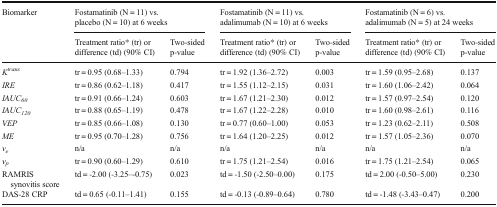
<table><thead><tr><td rowspan="2"><b>Biomarker</b></td><td colspan="2"><b>Fostamatinib (N = 11) vs. placebo (N = 10) at 6 weeks</b></td><td colspan="2"><b>Fostamatinib (N = 11) vs. adalimumab (N = 10) at 6 weeks</b></td><td colspan="2"><b>Fostamatinib (N = 6) vs. adalimumab (N = 5) at 24 weeks</b></td></tr><tr><td><b>Treatment ratio* (tr) or difference (td) (90% CI)</b></td><td><b>Two-sided p-value</b></td><td><b>Treatment ratio* (tr) or difference (td) (90% CI)</b></td><td><b>Two-sided p-value</b></td><td><b>Treatment ratio* (tr) or difference (td) (90% CI)</b></td><td><b>Two-sided p-value</b></td></tr></thead><tbody><tr><td><i>K</i><sup><i>trans</i></sup></td><td>tr = 0.95 (0.68–1.33)</td><td>0.794</td><td>tr = 1.92 (1.36–2.72)</td><td>0.003</td><td>tr = 1.59 (0.95–2.68)</td><td>0.137</td></tr><tr><td><i>IRE</i></td><td>tr = 0.86 (0.62–1.18)</td><td>0.417</td><td>tr = 1.55 (1.12–2.15)</td><td>0.031</td><td>tr = 1.60 (1.06–2.42)</td><td>0.064</td></tr><tr><td><i>IAUC</i><sub><i>60</i></sub></td><td>tr = 0.91 (0.66–1.24)</td><td>0.603</td><td>tr = 1.67 (1.21–2.30)</td><td>0.012</td><td>tr = 1.57 (0.97–2.54)</td><td>0.120</td></tr><tr><td><i>IAUC</i><sub><i>120</i></sub></td><td>tr = 0.88 (0.65–1.19)</td><td>0.478</td><td>tr = 1.67 (1.22–2.28)</td><td>0.010</td><td>tr = 1.60 (0.98–2.61)</td><td>0.116</td></tr><tr><td><i>VEP</i></td><td>tr = 0.85 (0.66–1.08)</td><td>0.130</td><td>tr = 0.77 (0.60–1.00)</td><td>0.053</td><td>tr = 1.23 (0.62–2.11)</td><td>0.508</td></tr><tr><td><i>ME</i></td><td>tr = 0.95 (0.70–1.28)</td><td>0.756</td><td>tr = 1.64 (1.20–2.25)</td><td>0.012</td><td>tr = 1.57 (1.05–2.36)</td><td>0.070</td></tr><tr><td><i>v</i><sub><i>e</i></sub></td><td>n/a</td><td>n/a</td><td>n/a</td><td>n/a</td><td>n/a</td><td>n/a</td></tr><tr><td><i>v</i><sub><i>p</i></sub></td><td>tr = 0.90 (0.60–1.29)</td><td>0.610</td><td>tr = 1.75 (1.21–2.54)</td><td>0.016</td><td>tr = 1.75 (1.21–2.54)</td><td>0.065</td></tr><tr><td>RAMRIS synovitis score</td><td>td = -2.00 (-3.25–-0.75)</td><td>0.023</td><td>td = -1.50 (-2.50–0.00)</td><td>0.175</td><td>td = 2.00 (-0.50–5.00)</td><td>0.230</td></tr><tr><td>DAS-28 CRP</td><td>td = 0.65 (-0.11–1.41)</td><td>0.155</td><td>td = -0.13 (-0.89–0.64)</td><td>0.780</td><td>td = -1.48 (-3.43–0.47)</td><td>0.200</td></tr></tbody></table>